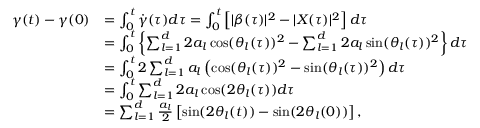
\begin{array} { r l } { \gamma ( t ) - \gamma ( 0 ) } & { = \int _ { 0 } ^ { t } \dot { \gamma } ( \tau ) d \tau = \int _ { 0 } ^ { t } \left[ | \beta ( \tau ) | ^ { 2 } - | X ( \tau ) | ^ { 2 } \right] d \tau } \\ & { = \int _ { 0 } ^ { t } \left\{ \sum _ { l = 1 } ^ { d } 2 a _ { l } \cos ( \theta _ { l } ( \tau ) ) ^ { 2 } - \sum _ { l = 1 } ^ { d } 2 a _ { l } \sin ( \theta _ { l } ( \tau ) ) ^ { 2 } \right\} d \tau } \\ & { = \int _ { 0 } ^ { t } 2 \sum _ { l = 1 } ^ { d } a _ { l } \left( \cos ( \theta _ { l } ( \tau ) ) ^ { 2 } - \sin ( \theta _ { l } ( \tau ) ) ^ { 2 } \right) d \tau } \\ & { = \int _ { 0 } ^ { t } \sum _ { l = 1 } ^ { d } 2 a _ { l } \cos ( 2 \theta _ { l } ( \tau ) ) d \tau } \\ & { = \sum _ { l = 1 } ^ { d } \frac { a _ { l } } { 2 } \left[ \sin ( 2 \theta _ { l } ( t ) ) - \sin ( 2 \theta _ { l } ( 0 ) ) \right] , } \end{array}